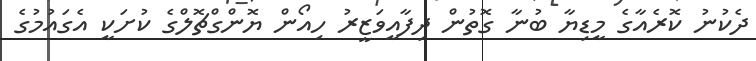
ދެކުނު ކޮރެއާގެ މީޑިޔާ ބުނާ ގޮތުން ދިފާއީވަޒީރު ހިއޯން ޔޮންގްޗޮލްގެ ކުށަކީ އެގައުމުގެ